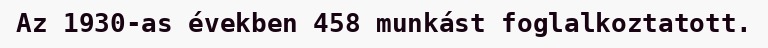
Az 1930-as években 458 munkást foglalkoztatott.